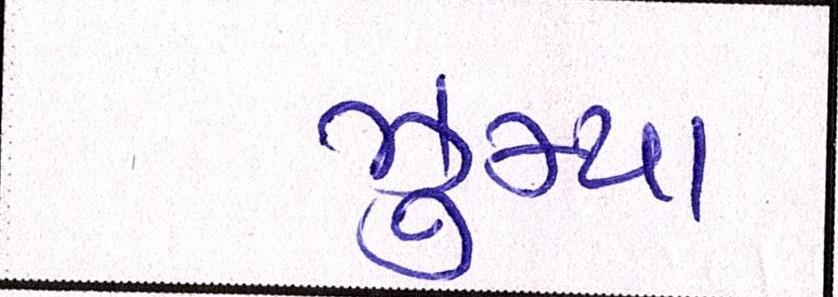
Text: ઝુમ્યા